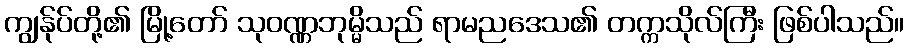
ကျွန်ုပ်တို့၏ မြို့တော် သုဝဏ္ဏဘုမ္မိသည် ရာမညဒေသ၏ တက္ကသိုလ်ကြီး ဖြစ်ပါသည်။